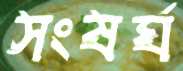
সংষর্ঘ